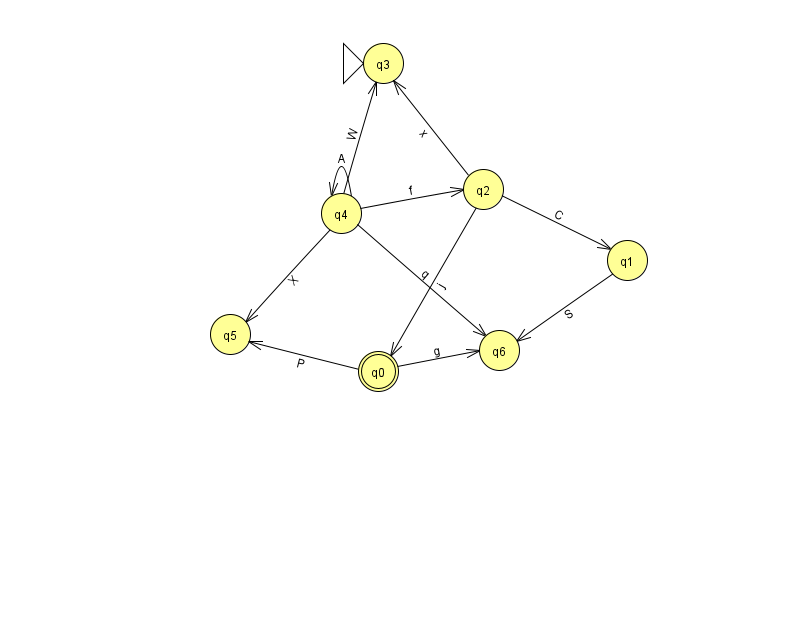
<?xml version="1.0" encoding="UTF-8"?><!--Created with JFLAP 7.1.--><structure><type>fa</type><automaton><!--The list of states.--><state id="0" name="q0"><x>378.0</x><y>358.0</y><final/></state><state id="1" name="q1"><x>627.0</x><y>247.0</y></state><state id="2" name="q2"><x>483.0</x><y>176.0</y></state><state id="3" name="q3"><x>383.0</x><y>50.0</y><initial/></state><state id="4" name="q4"><x>341.0</x><y>200.0</y></state><state id="5" name="q5"><x>230.0</x><y>321.0</y></state><state id="6" name="q6"><x>499.0</x><y>337.0</y></state><!--The list of transitions.--><transition><from>2</from><to>0</to><read>j</read></transition><transition><from>4</from><to>4</to><read>A</read></transition><transition><from>2</from><to>1</to><read>C</read></transition><transition><from>2</from><to>3</to><read>x</read></transition><transition><from>4</from><to>2</to><read>f</read></transition><transition><from>0</from><to>6</to><read>g</read></transition><transition><from>1</from><to>6</to><read>S</read></transition><transition><from>4</from><to>3</to><read>W</read></transition><transition><from>4</from><to>6</to><read>q</read></transition><transition><from>4</from><to>5</to><read>X</read></transition><transition><from>0</from><to>5</to><read>P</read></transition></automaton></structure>